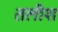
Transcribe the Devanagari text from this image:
तलीश